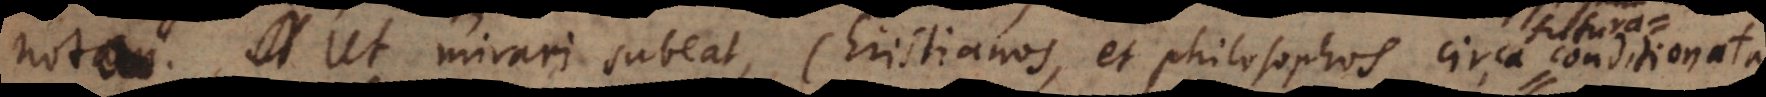
nota. Ut mirari subeat, Christianos, et philosophos circa futura conditionata